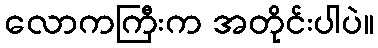
လောကကြီးက အတိုင်းပါပဲ။